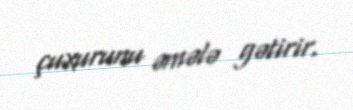
çuxurunu əmələ gətirir.